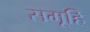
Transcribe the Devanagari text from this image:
समूहि